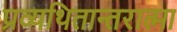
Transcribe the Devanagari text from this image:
प्रव्यथितान्तरात्मा